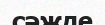
сәжде